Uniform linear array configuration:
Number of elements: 48
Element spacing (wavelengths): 0.5
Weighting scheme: exponential
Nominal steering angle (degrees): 45
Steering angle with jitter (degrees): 43.389
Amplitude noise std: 0.05
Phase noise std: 0.05

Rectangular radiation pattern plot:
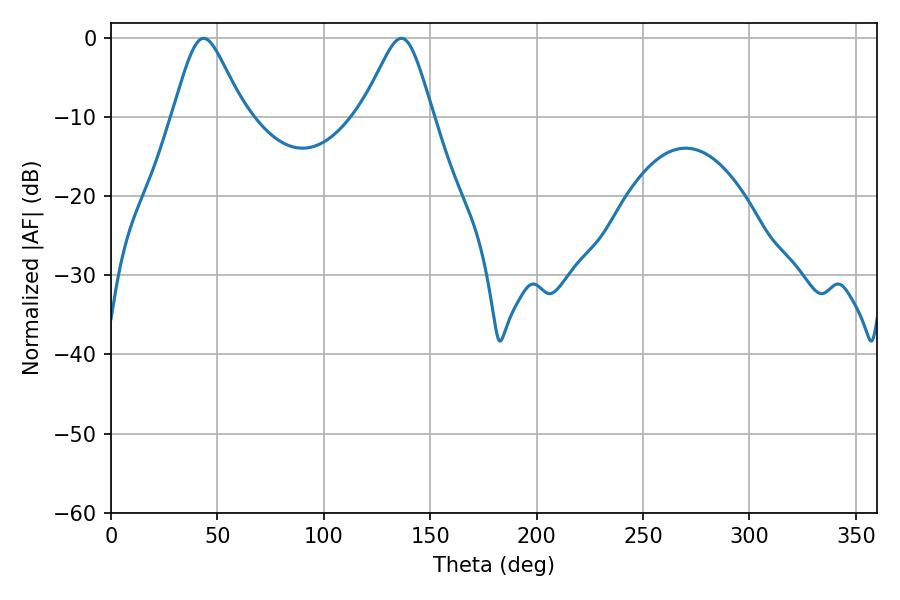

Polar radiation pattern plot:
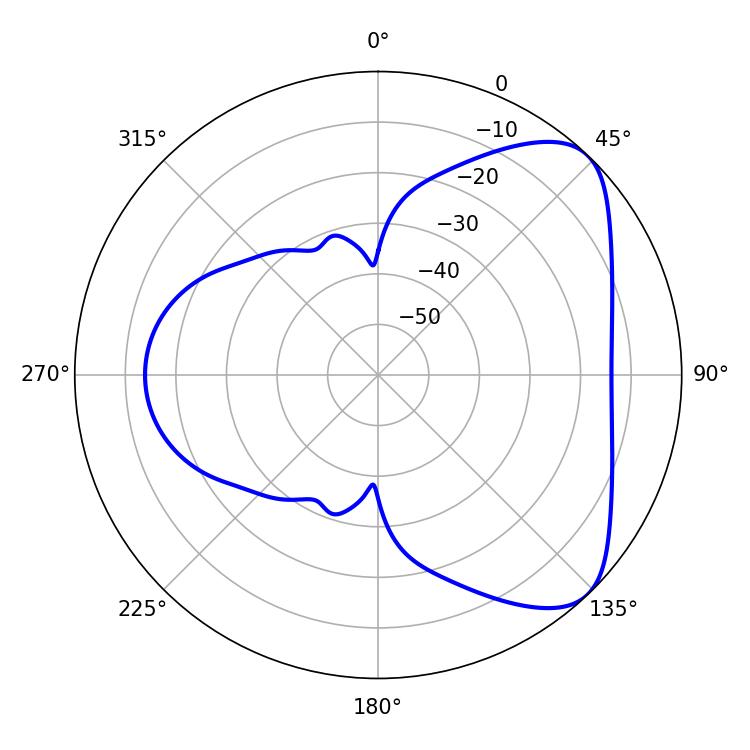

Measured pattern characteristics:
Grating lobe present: FALSE
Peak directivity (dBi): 6.18
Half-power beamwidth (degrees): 16.02
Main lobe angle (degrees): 136.44